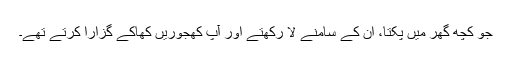
جو کچھ گھر میں پکتا، ان کے سامنے لا رکھتے اور آپ کھجوریں کھاکے گزارا کرتے تھے۔